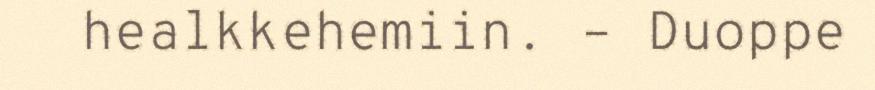
healkkehemiin. – Duoppe